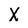
Character: X